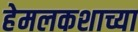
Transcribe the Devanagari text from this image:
हेमलकशाच्या